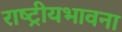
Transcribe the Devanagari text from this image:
राष्ट्रीयभावना